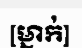
[ម្នាក់]